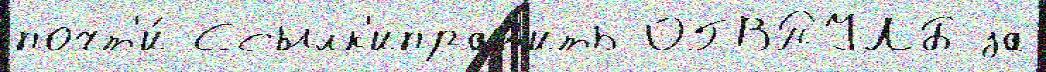
почт'и́ Ссылк'иправ'ить ОГВПУЛБ за